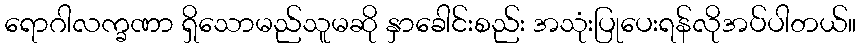
ရောဂါလက္ခဏာ ရှိသောမည်သူမဆို နှာခေါင်းစည်း အသုံးပြုပေးရန်လိုအပ်ပါတယ်။